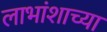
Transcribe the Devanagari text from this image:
लाभांशाच्या